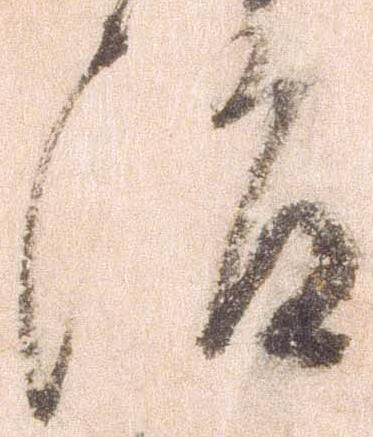
治